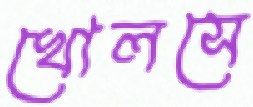
খোলসে